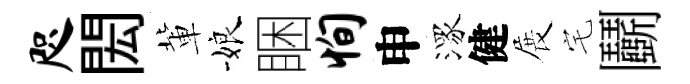
咫閎軰娘睏恂申潈健展宅鬬